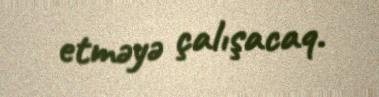
etməyə çalışacaq.